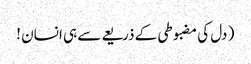
( دل کی مضبوطی کے ذریعےسے ہی انسان !